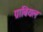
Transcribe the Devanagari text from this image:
ग्राबियल